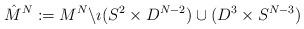
LaTeX: \begin{align*}\hat{M}^N:= M^N \backslash \imath(S^2\times D^{N - 2})\cup (D^{3}\times S^{N - 3})\end{align*}